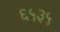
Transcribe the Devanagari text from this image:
६५३५